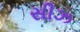
સીઝ